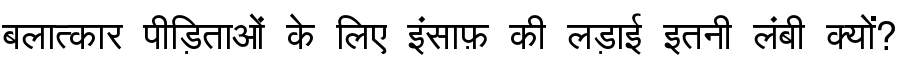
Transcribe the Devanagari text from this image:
बलात्कार पीड़िताओं के लिए इंसाफ़ की लड़ाई इतनी लंबी क्यों?